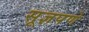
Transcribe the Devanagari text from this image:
सूज्ञपणे